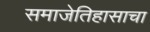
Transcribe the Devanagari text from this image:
समाजेतिहासाचा